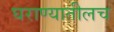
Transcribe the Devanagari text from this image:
घराण्यातीलच